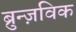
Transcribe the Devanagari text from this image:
ब्रुन्ज़विक